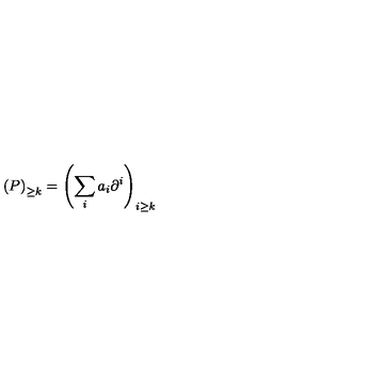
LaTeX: \left( P \right) _ { \geq k } = \left( \sum _ { i } a _ { i } \partial ^ { i } \right) _ { i \geq k }